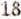
18